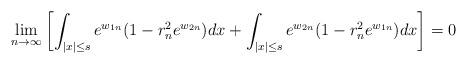
LaTeX: \begin{align*}\lim_{n\rightarrow\infty}\left[\int_{|x|\leq s}e^{w_{1n}}(1-r_n^2 e^{w_{2n}})dx+\int_{|x|\leq s}e^{w_{2n}}(1-r_n^2 e^{w_{1n}})dx\right]=0\end{align*}